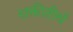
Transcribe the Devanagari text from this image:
शक्तीतीर्थ